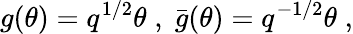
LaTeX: g(\theta)=q^{1/2}\theta\; ,\; \bar{g}(\theta)=q^{-1/2}\theta\; ,